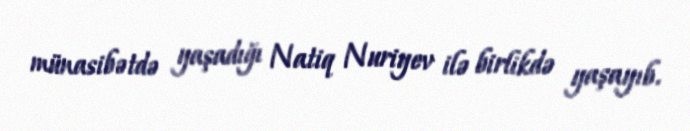
münasibətdə yaşadığı Natiq Nuriyev ilə birlikdə yaşayıb.